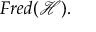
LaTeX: F r e d ( { \mathcal { H } } ) .